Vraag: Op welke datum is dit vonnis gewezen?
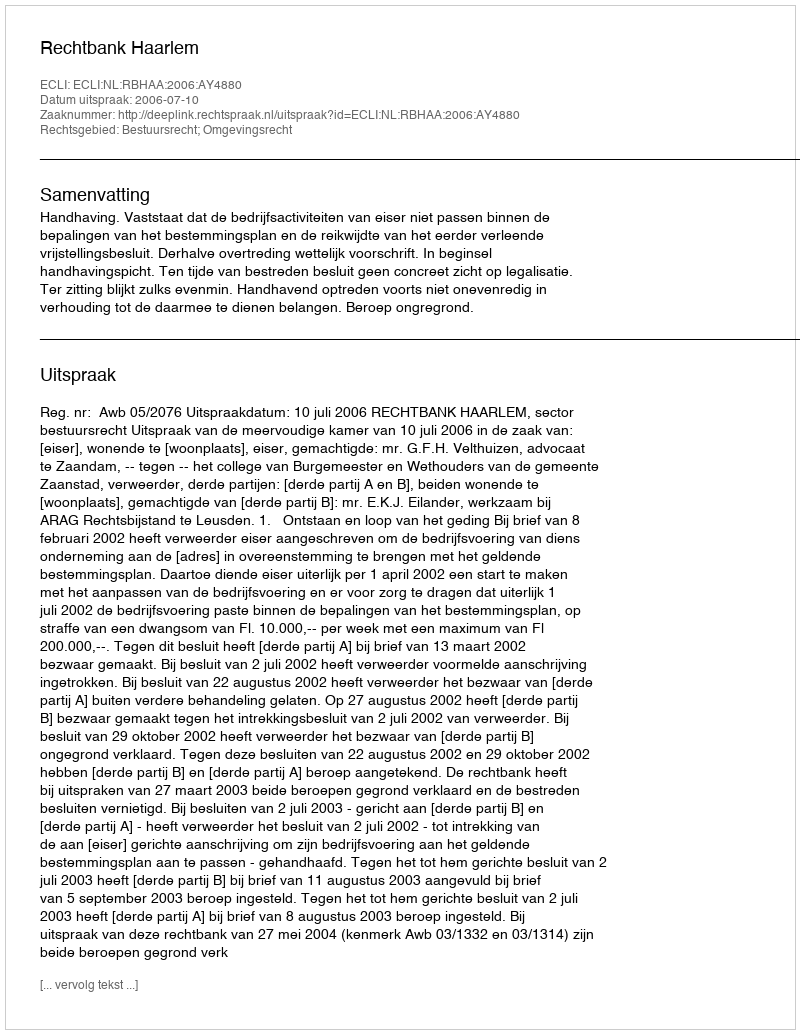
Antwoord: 2006-07-10